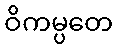
ဝိကမ္ပတေ